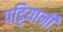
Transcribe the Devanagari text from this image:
पट्टियानी